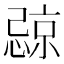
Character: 𪬧